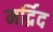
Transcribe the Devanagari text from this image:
मर्द्रिद